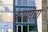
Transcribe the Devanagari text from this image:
चरणांचा